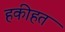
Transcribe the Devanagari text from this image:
हकीहत